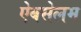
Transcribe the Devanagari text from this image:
ऐबसेलम